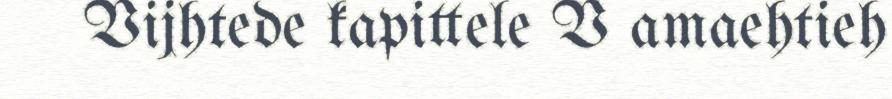
Vijhtede kapittele V amaehtieh